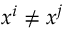
x ^ { i } \neq x ^ { j }